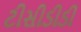
ટીસીડીડી